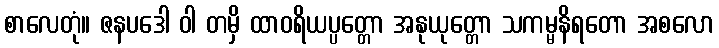
စာလေတုံ။ ဇနပဒေါ ဝါ တမှိ ထာဝရိယပ္ပတ္တော အနုယုတ္တော သကမ္မနိရတော အစလော